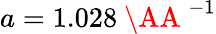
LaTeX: a=1.028\mathrm{~\AA~}^{-1}